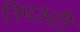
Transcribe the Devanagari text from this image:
निपऊटी